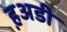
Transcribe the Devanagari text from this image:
ह़अडी